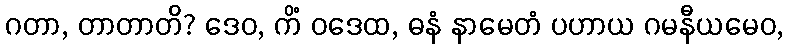
ဂတာ, တာတာတိ? ဒေဝ, ကိံ ဝဒေထ, ဓနံ နာမေတံ ပဟာယ ဂမနီယမေဝ,